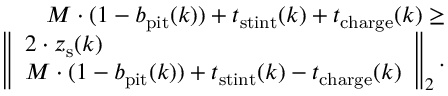
\begin{array} { r } { M \cdot ( 1 - b _ { \mathrm { p i t } } ( k ) ) + t _ { \mathrm { s t i n t } } ( k ) + t _ { \mathrm { c h a r g e } } ( k ) \geq } \\ { \left\Vert \begin{array} { l } { 2 \cdot z _ { \mathrm { s } } ( k ) } \\ { M \cdot ( 1 - b _ { \mathrm { p i t } } ( k ) ) + t _ { \mathrm { s t i n t } } ( k ) - t _ { \mathrm { c h a r g e } } ( k ) } \end{array} \right\Vert _ { 2 } . } \end{array}